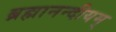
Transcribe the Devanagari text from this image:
ब्रह्मानन्दीयम्